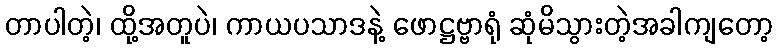
တာပါတဲ့၊ ထို့အတူပဲ၊ ကာယပသာဒနဲ့ ဖောဋ္ဌဗ္ဗာရုံ ဆုံမိသွားတဲ့အခါကျတော့